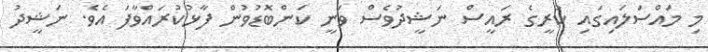
މި މައްސަލައިގައި ކުރީގެ ރައީސް ނަޝީދުވެސް ވަނީ ކަންބޮޑުވުން ފާޅުކުރައްވާފަ އެވެ. ނަޝީދު